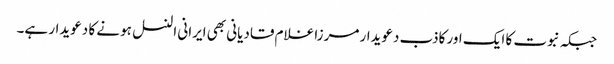
جبکہ نبوت کا ایک اور کاذب دعویدار مرزا غلام قادیانی بھی ایرانی النسل ہونے کا دعویدار ہے۔